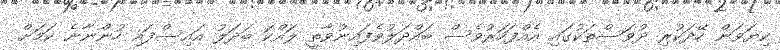
ކިޔަވަން ހޭދަކުރި ދުވަސްތަކުގައި އެއްފަހަރުވެސް ބައްދަލުވެފައިނުވާތީ ލައްކަ ބަދަލު އައިސްފައި ހުންނާނެ ކަމަށް